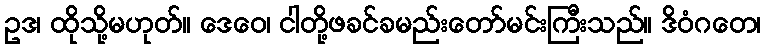
ဥဒ၊ ထိုသို့မဟုတ်။ ဒေဝေ၊ ငါတို့ဖခင်ခမည်းတော်မင်းကြီးသည်။ ဒိဝံဂတေ၊